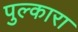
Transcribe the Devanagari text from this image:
पुल्कारा